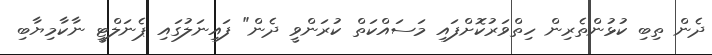
ދެން ތިބި ކުޅުންތެރިން ހިތްވަރުކޮށްފައި މަސައްކަތް ކުރަންވީ ދެން" ފައިނަލުގައި ޕެނަލްޓީ ނާކާމިޔާބި